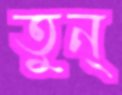
তুন্